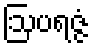
ဩပရဇ္ဇံ